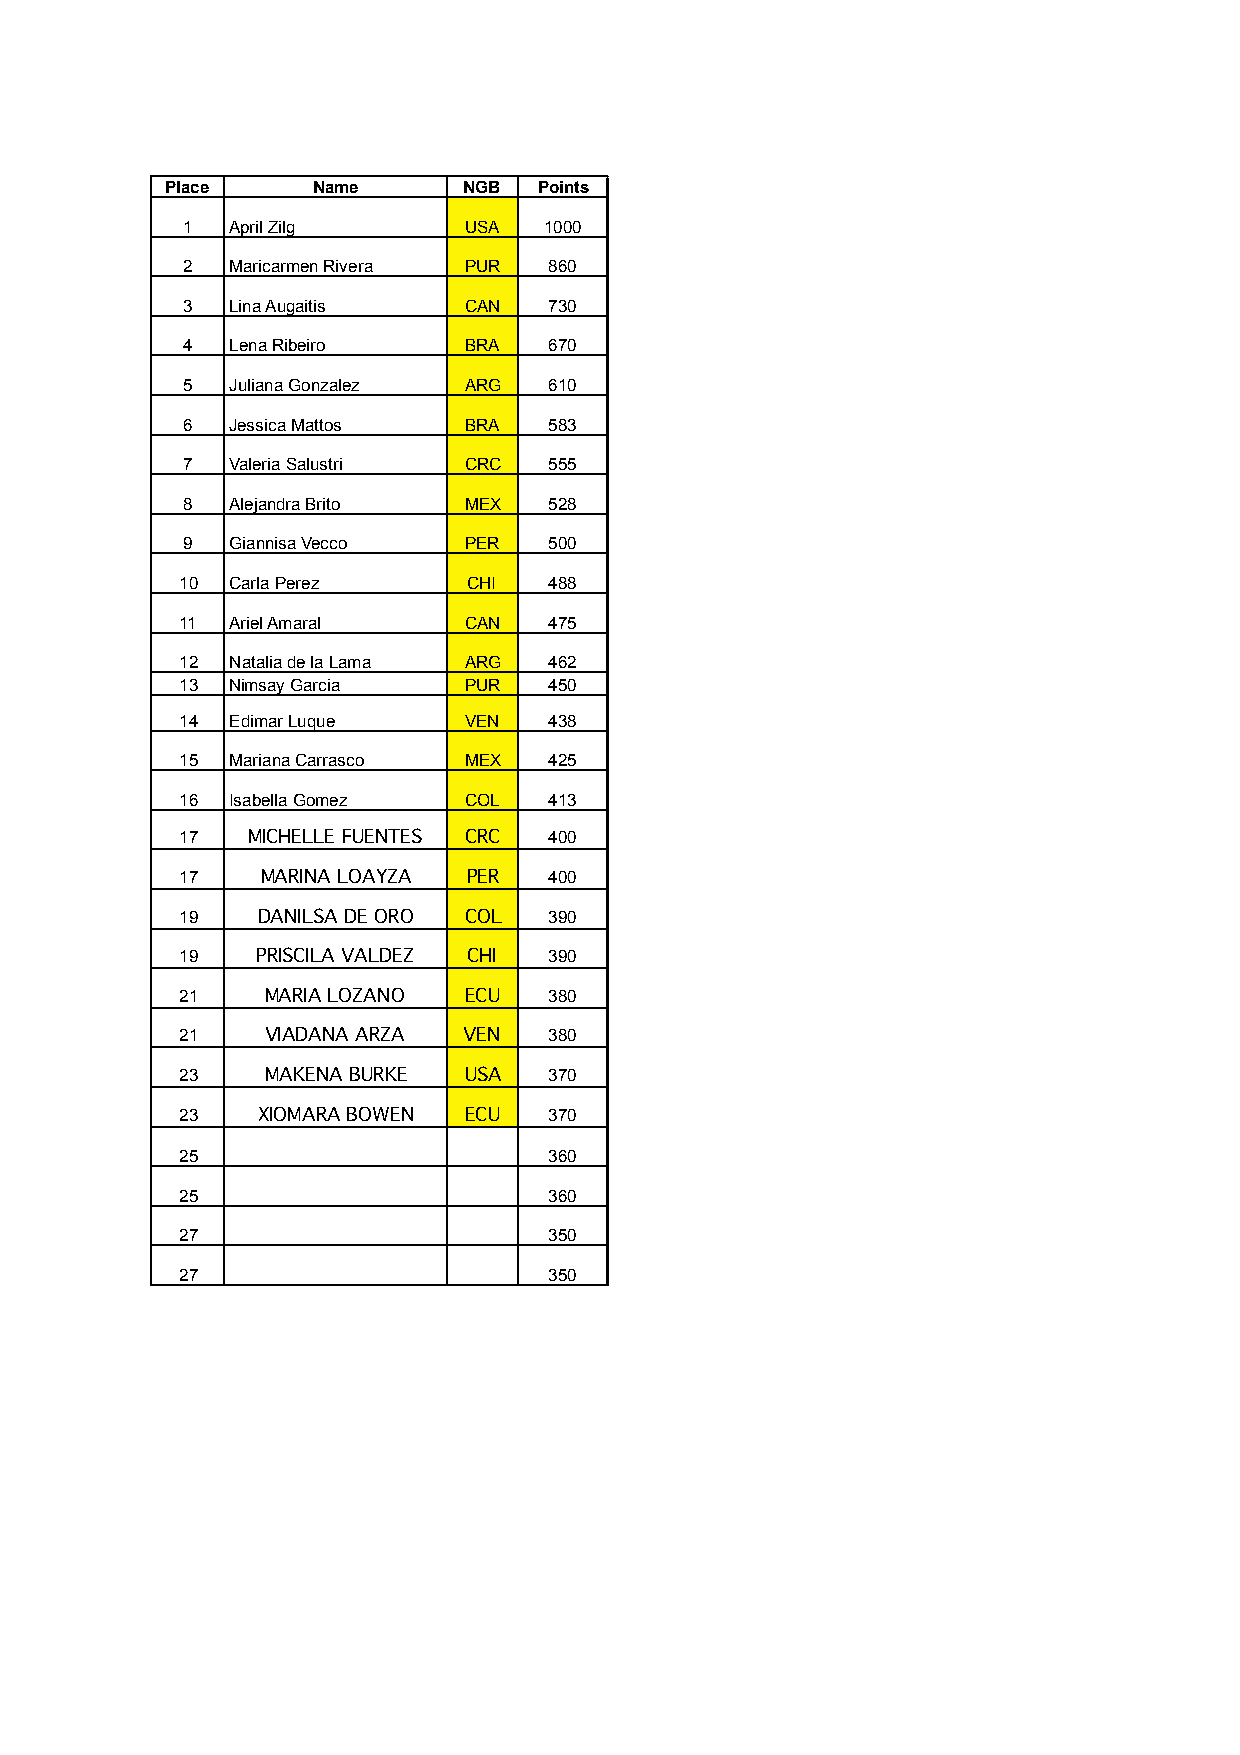
Place     Name      NGB  Points
 1  April Zilg      USA  1000
 2  Maricarmen Rivera PUR 860
 3  Lina Augaitis   CAN  730
 4  Lena Ribeiro    BRA  670
 5  Juliana Gonzalez ARG 610
 6  Jessica Mattos  BRA  583
 7  Valeria Salustri CRC 555
 8  Alejandra Brito MEX  528
 9  Giannisa Vecco  PER  500
 10 Carla Perez     CHI  488
 11 Ariel Amaral    CAN  475
 12 Natalia de la Lama ARG 462
 13 Nimsay Garcia   PUR  450
 14 Edimar Luque    VEN  438
 15 Mariana Carrasco MEX 425
 16 Isabella Gomez  COL  413
 17  MICHELLE FUENTES CRC 400
 17   MARINA LOAYZA PER  400
 19   DANILSA DE ORO COL 390
 19   PRISCILA VALDEZ CHI 390
 21    MARIA LOZANO ECU  380
 21    VIADANA ARZA VEN  380
 23    MAKENA BURKE USA  370
 23   XIOMARA BOWEN ECU  370
 25                      360
 25                      360
 27                      350
 27                      350